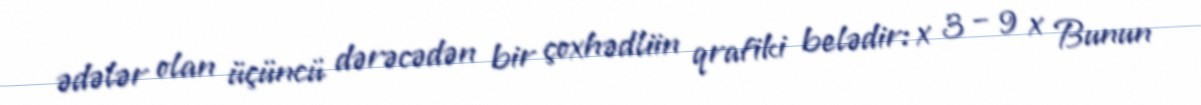
ədələr olan üçüncü dərəcədən bir çoxhədliin qrafiki belədir: x 3 − 9 x Bunun